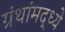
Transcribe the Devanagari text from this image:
ग्रंथांमद्ध्ये